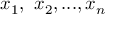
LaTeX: x _ { 1 } , \ x _ { 2 } , . . . , x _ { n }